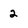
Character: 2